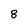
Character: 8